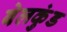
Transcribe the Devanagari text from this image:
बेलकुंड